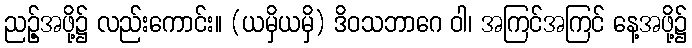
ညဉ့်အဖို့၌ လည်းကောင်း။ (ယမှိယမှိ) ဒိဝသဘာဂေ ဝါ၊ အကြင်အကြင် နေ့အဖို့၌